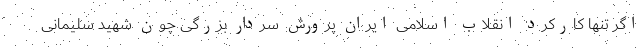
اگر تنها کارکرد انقلاب اسلامی ایران پرورش سردار بزرگی چون شهید سلیمانی